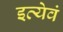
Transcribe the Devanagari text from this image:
इत्येवं